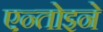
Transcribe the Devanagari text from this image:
एन्तोइने